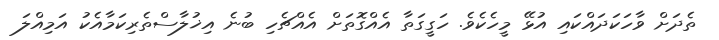
ތެދަށް ވާހަކަދައްކައި އުޅޭ މީހެކެވެ. ހަގީގަތާ އެއްގޮތަށް އެއްޗެހި ބުނެ އިޚުލާސްތެރިކަމާއެކު އަމިއްލަ